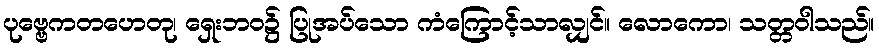
ပုဗ္ဗေကတဟေတု၊ ရှေးဘဝ၌ ပြုအပ်သော ကံကြောင့်သာလျှင်။ လောကော၊ သတ္တဝါသည်။